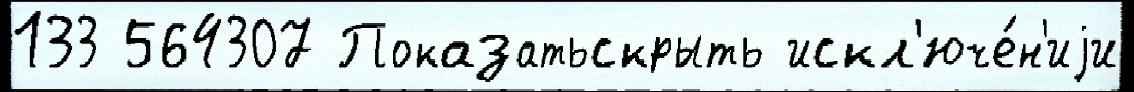
133 564307 Показатьскрыть искл'юче́н'иjи